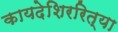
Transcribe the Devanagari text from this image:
कायदेशिररित्या